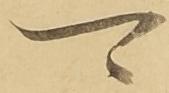
可